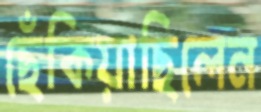
ছেঁকিয়াছিলেন